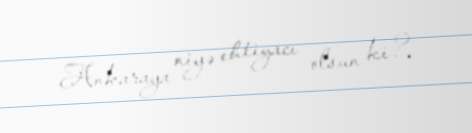
Ankaraya niyə ehtiyacı olsun ki?.